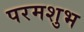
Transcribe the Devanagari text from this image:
परमशुभ